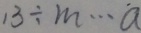
1 3 \div m \cdots a